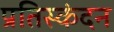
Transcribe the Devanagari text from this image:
प्रतिस्कंदन